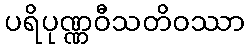
ပရိပုဏ္ဏဝီသတိဝဿာ